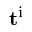
\mathbf { t } ^ { \mathrm { i } }